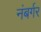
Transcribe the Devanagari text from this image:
नंबर्गर